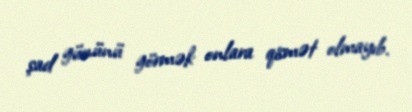
şad gününü görmək onlara qismət olmayıb.